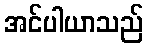
အင်ပါယာသည်